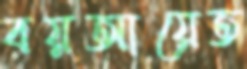
বয়আয়েত